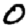
Digit: 0